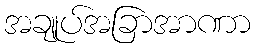
အချုပ်အခြာအာဏာ